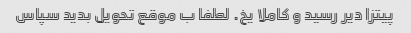
پیتزا دیر رسید و کاملا یخ. لطفا ب موقع تحویل بدید سپاس